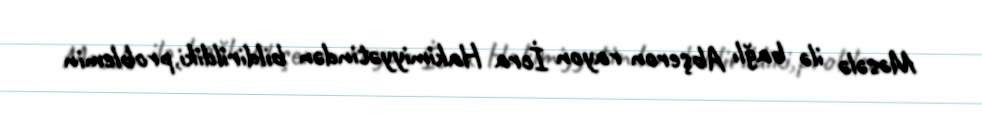
Məsələ ilə bağlı Abşeron rayon İcra Hakimiyyətindən bildirildiki,problemin